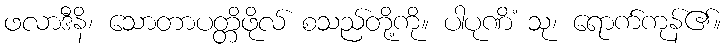
ဖလာဒီနိ၊ သောတာပတ္တိဖိုလ် စသည်တို့ကို။ ပါပုဏိံ သု၊ ရောက်ကုန်၏။